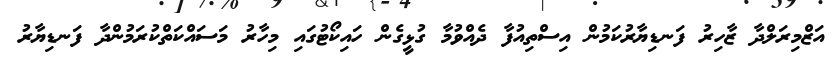
އަޒްމިރަލްދާ ޒާހިރު ފަނޑިޔާރުކަމުން އިސްތިއުފާ ދެއްވުމާ ގުޅީގެން ހައިކޯޓުގައި މިހާރު މަސައްކަތްކުރަމުންދާ ފަނޑިޔާރު